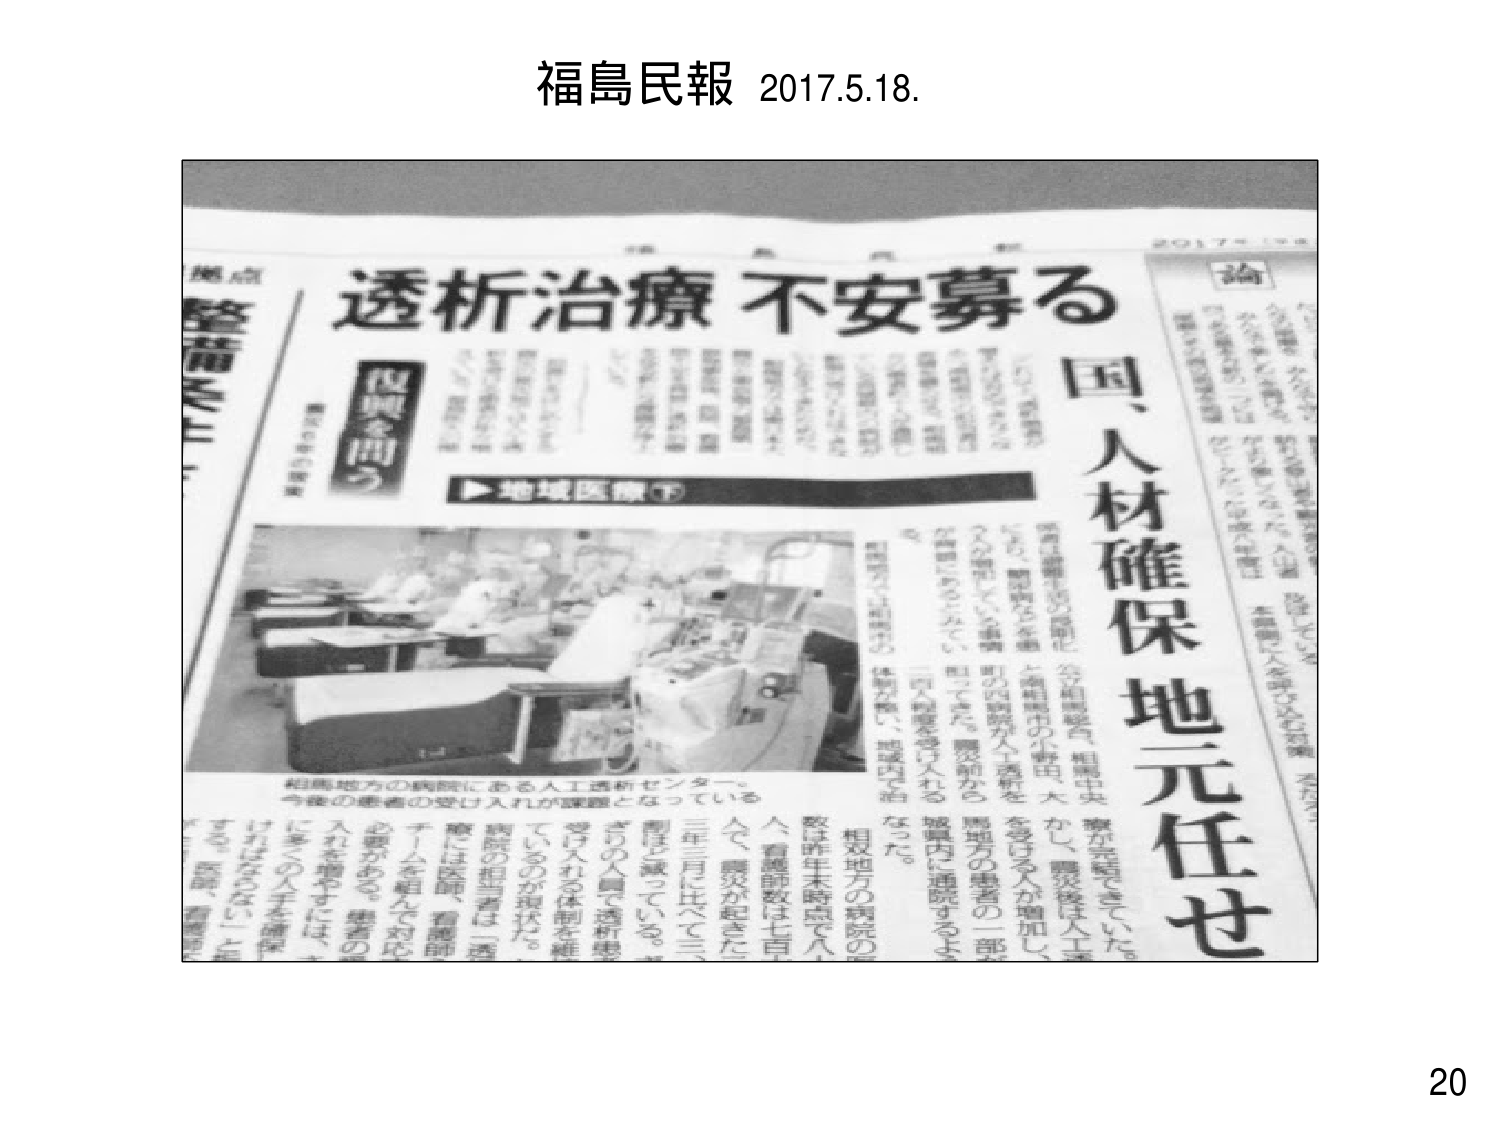
福島民報 2017.5.18.

透析治療 不安募る
国、人材確保 地元任せ

論

焦点
整理

2017.5.18

▶地域医療①

相馬地方の病院にある人工透析センター。
今後の患者の受け入れが課題となっている。

数は昨年までに人
人、看護師数は七百
人で、異常が起きた
三年三月は270人
割ほど減っている。
さの人員で透析患
受け入れる体制を維
ているのが現状だ。
病院の担当者は「医
療には医師、看護師
チームを組んで対応
必要がある。患者の
入れを増やすには、
に多くの人手を確保
ければならない」と
する。医師、看護師

20